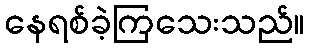
နေရစ်ခဲ့ကြသေးသည်။